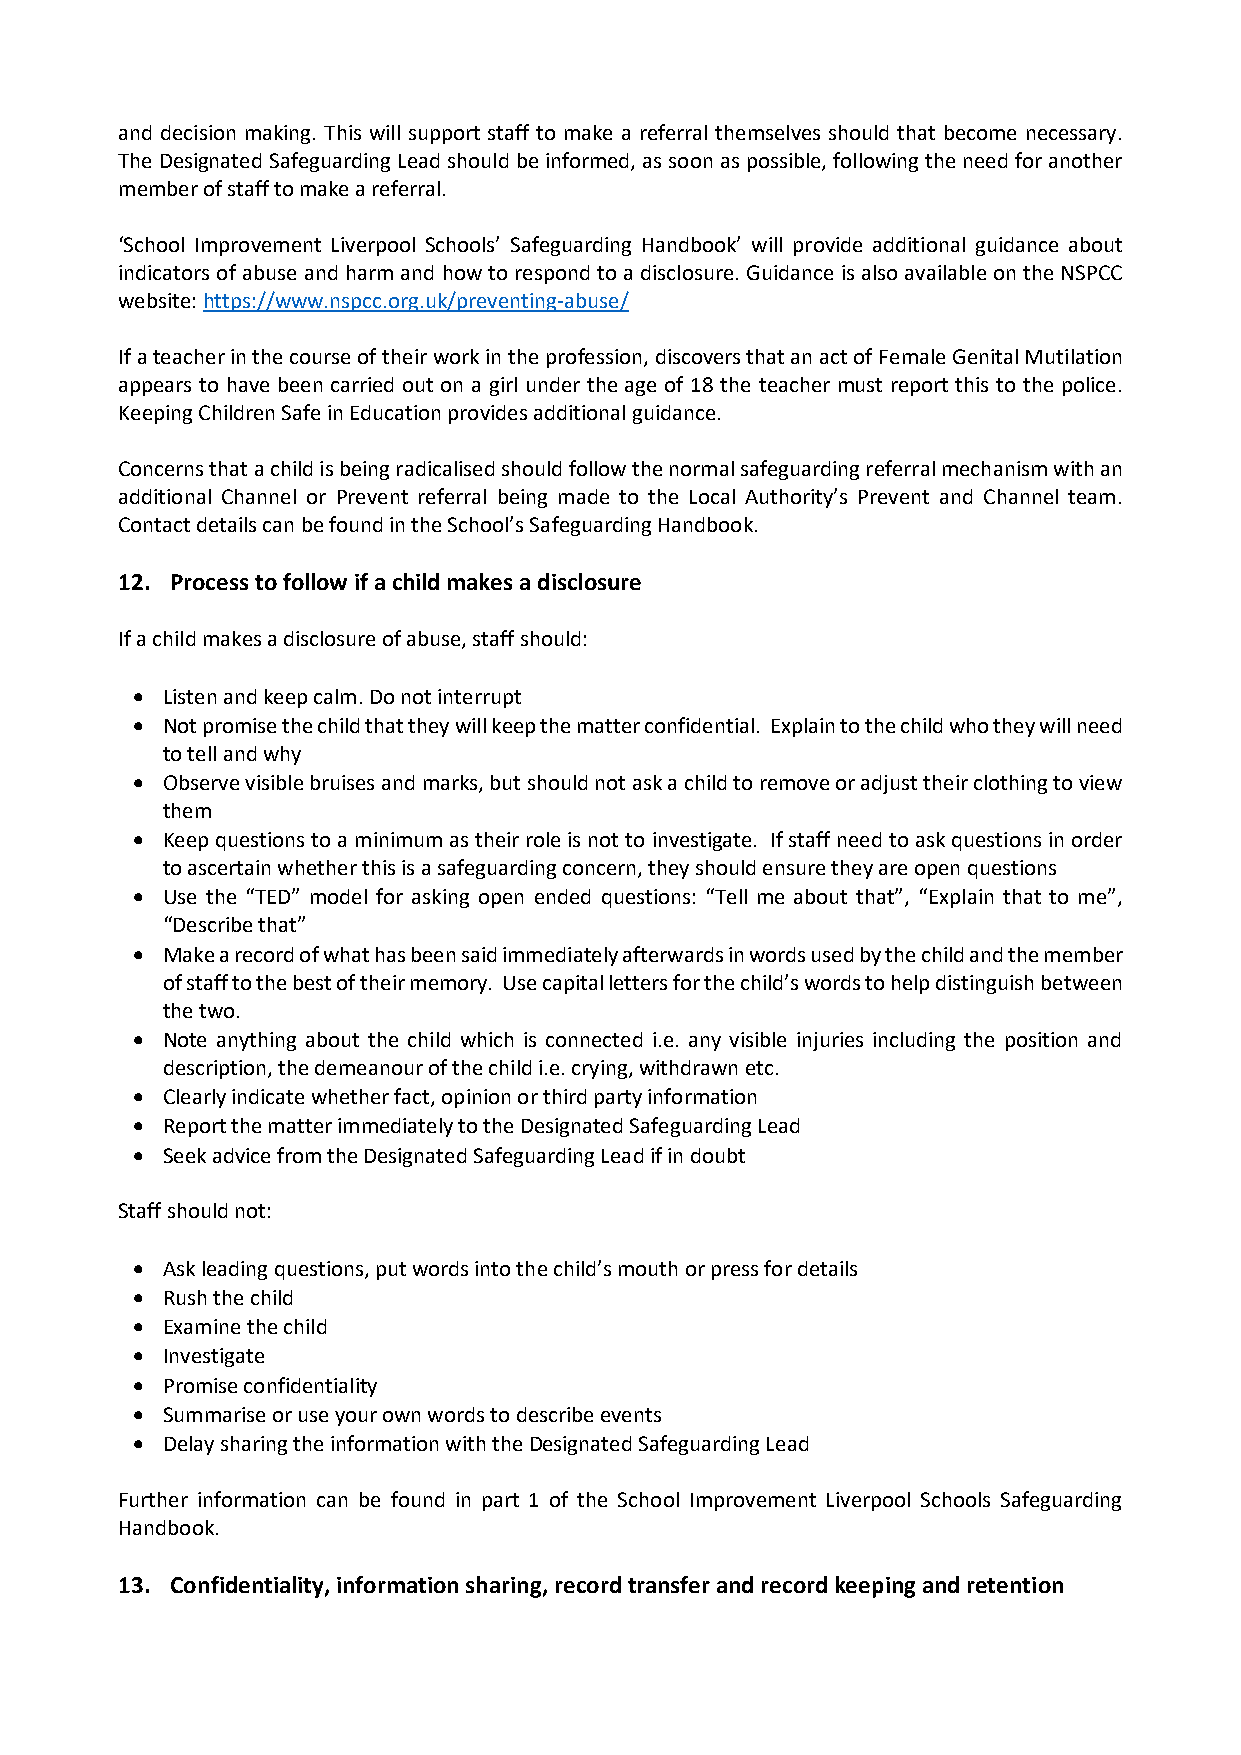
and decision making. This will support staff to make a referral themselves should that become necessary.
 The Designated Safeguarding Lead should be informed, as soon as possible, following the need for another
 member of staff to make a referral.
 ‘School Improvement Liverpool Schools’ Safeguarding Handbook’ will provide additional guidance about
 indicators of abuse and harm and how to respond to a disclosure. Guidance is also available on the NSPCC
 website: https://www.nspcc.org.uk/preventing-abuse/
 If a teacher in the course of their work in the profession, discovers that an act of Female Genital Mutilation
 appears to have been carried out on a girl under the age of 18 the teacher must report this to the police.
 Keeping Children Safe in Education provides additional guidance.
 Concerns that a child is being radicalised should follow the normal safeguarding referral mechanism with an
 additional Channel or Prevent referral being made to the Local Authority’s Prevent and Channel team.
 Contact details can be found in the School’s Safeguarding Handbook.
 12. Process to follow if a child makes a disclosure
 If a child makes a disclosure of abuse, staff should:
 • Listen and keep calm. Do not interrupt
 • Not promise the child that they will keep the matter confidential. Explain to the child who they will need
 to tell and why
 • Observe visible bruises and marks, but should not ask a child to remove or adjust their clothing to view
 them
 • Keep questions to a minimum as their role is not to investigate. If staff need to ask questions in order
 to ascertain whether this is a safeguarding concern, they should ensure they are open questions
 • Use the “TED” model for asking open ended questions: “Tell me about that”, “Explain that to me”,
 “Describe that”
 • Make a record of what has been said immediately afterwards in words used by the child and the member
 of staff to the best of their memory. Use capital letters for the child’s words to help distinguish between
 the two.
 • Note anything about the child which is connected i.e. any visible injuries including the position and
 description, the demeanour of the child i.e. crying, withdrawn etc.
 • Clearly indicate whether fact, opinion or third party information
 • Report the matter immediately to the Designated Safeguarding Lead
 • Seek advice from the Designated Safeguarding Lead if in doubt
 Staff should not:
 • Ask leading questions, put words into the child’s mouth or press for details
 • Rush the child
 • Examine the child
 • Investigate
 • Promise confidentiality
 • Summarise or use your own words to describe events
 • Delay sharing the information with the Designated Safeguarding Lead
 Further information can be found in part 1 of the School Improvement Liverpool Schools Safeguarding
 Handbook.
 13. Confidentiality, information sharing, record transfer and record keeping and retention